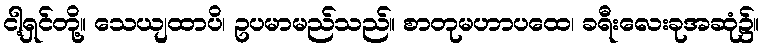
ငါ့ရှင်တို့။ သေယျထာပိ၊ ဥပမာမည်သည်။ စာတုမဟာပထေ၊ ခရီးလေးခုအဆုံ၌။